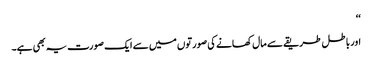
‘‘
اور باطل طریقے سے مال کھانے کی صورتوں میں سے ایک صورت یہ بھی ہے۔